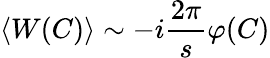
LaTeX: \langle W(C)\rangle\sim-i\frac{2\pi}{s}\varphi(C)